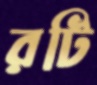
রটি